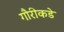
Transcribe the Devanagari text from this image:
गौरीकडे